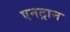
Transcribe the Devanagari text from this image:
एनट्रान